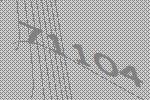
71104